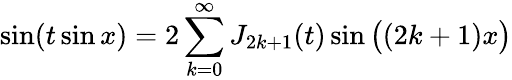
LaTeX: \sin(t\sin x)=2\sum_{k=0}^{\infty}J_{2k+1}(t)\sin{\big(}(2k+1)x{\big)}